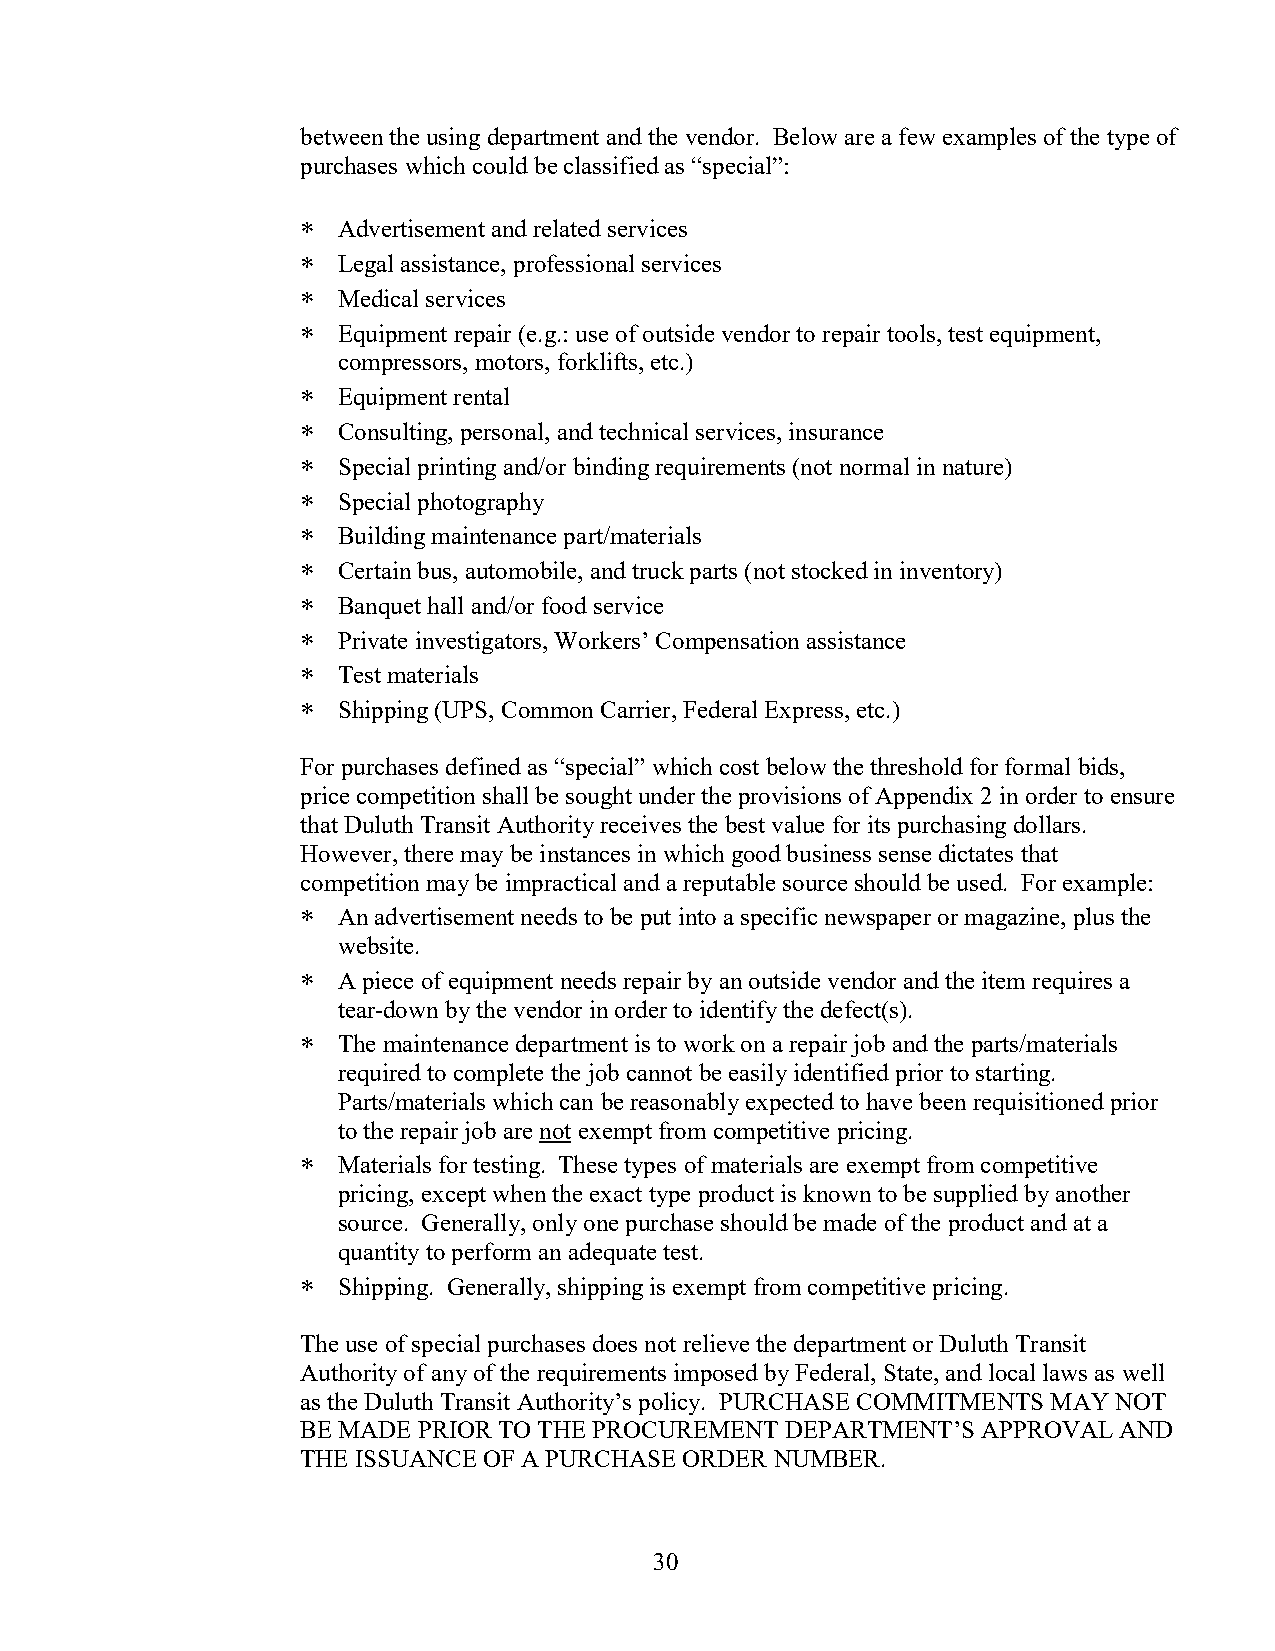
between the using department and the vendor. Below are a few examples of the type of
 purchases which could be classified as “special”:
 ∗ Advertisement and related services
 ∗ Legal assistance, professional services
 ∗ Medical services
 ∗ Equipment repair (e.g.: use of outside vendor to repair tools, test equipment,
 compressors, motors, forklifts, etc.)
 ∗ Equipment rental
 ∗ Consulting, personal, and technical services, insurance
 ∗ Special printing and/or binding requirements (not normal in nature)
 ∗ Special photography
 ∗ Building maintenance part/materials
 ∗ Certain bus, automobile, and truck parts (not stocked in inventory)
 ∗ Banquet hall and/or food service
 ∗ Private investigators, Workers’ Compensation assistance
 ∗ Test materials
 ∗ Shipping (UPS, Common Carrier, Federal Express, etc.)
 For purchases defined as “special” which cost below the threshold for formal bids,
 price competition shall be sought under the provisions of Appendix 2 in order to ensure
 that Duluth Transit Authority receives the best value for its purchasing dollars.
 However, there may be instances in which good business sense dictates that
 competition may be impractical and a reputable source should be used. For example:
 ∗ An advertisement needs to be put into a specific newspaper or magazine, plus the
 website.
 ∗ A piece of equipment needs repair by an outside vendor and the item requires a
 tear-down by the vendor in order to identify the defect(s).
 ∗ The maintenance department is to work on a repair job and the parts/materials
 required to complete the job cannot be easily identified prior to starting.
 Parts/materials which can be reasonably expected to have been requisitioned prior
 to the repair job are not exempt from competitive pricing.
 ∗ Materials for testing. These types of materials are exempt from competitive
 pricing, except when the exact type product is known to be supplied by another
 source. Generally, only one purchase should be made of the product and at a
 quantity to perform an adequate test.
 ∗ Shipping. Generally, shipping is exempt from competitive pricing.
 The use of special purchases does not relieve the department or Duluth Transit
 Authority of any of the requirements imposed by Federal, State, and local laws as well
 as the Duluth Transit Authority’s policy. PURCHASE COMMITMENTS MAY NOT
 BE MADE PRIOR TO THE PROCUREMENT DEPARTMENT’S APPROVAL AND
 THE ISSUANCE OF A PURCHASE ORDER NUMBER.
 30